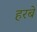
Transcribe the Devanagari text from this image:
हरबे